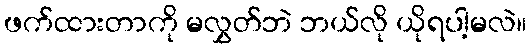
ဖက်ထားတာကို မလွှတ်ဘဲ ဘယ်လို ယိုရပါ့မလဲ။